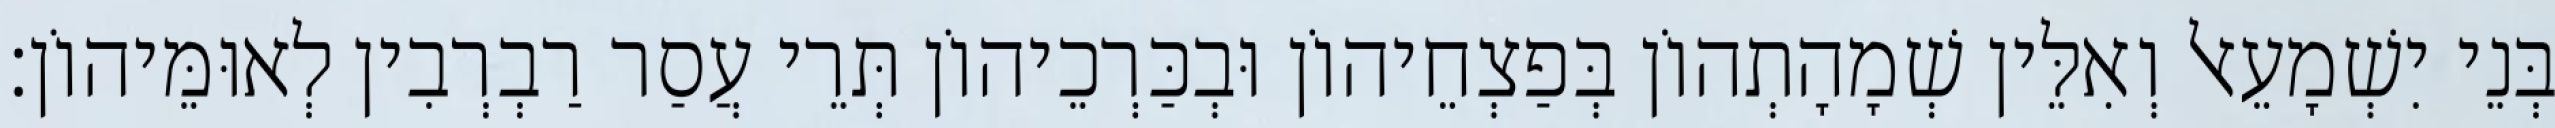
בְּנֵי יִשְׁמָעֵאל וְאִלֵּין שְׁמָהָתְהוֹן בְּפַצְחֵיהוֹן וּבְכַּרְכֵיהוֹן תְּרֵי עֲסַר רַבְרְבִין לְאוּמֵּיהוֹן׃